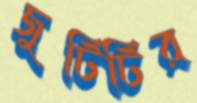
জুটিটির